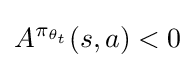
A^{\pi _{\theta _{t}}}(s,a)<0